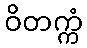
ဝိတက္ကံ